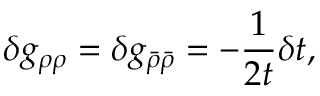
\delta g _ { \rho \rho } = \delta g _ { \bar { \rho } \bar { \rho } } = - \frac 1 { 2 t } \delta t ,